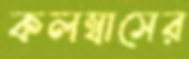
কলম্বাসের